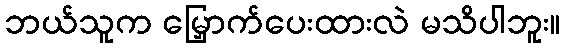
ဘယ်သူက မြှောက်ပေးထားလဲ မသိပါဘူး။